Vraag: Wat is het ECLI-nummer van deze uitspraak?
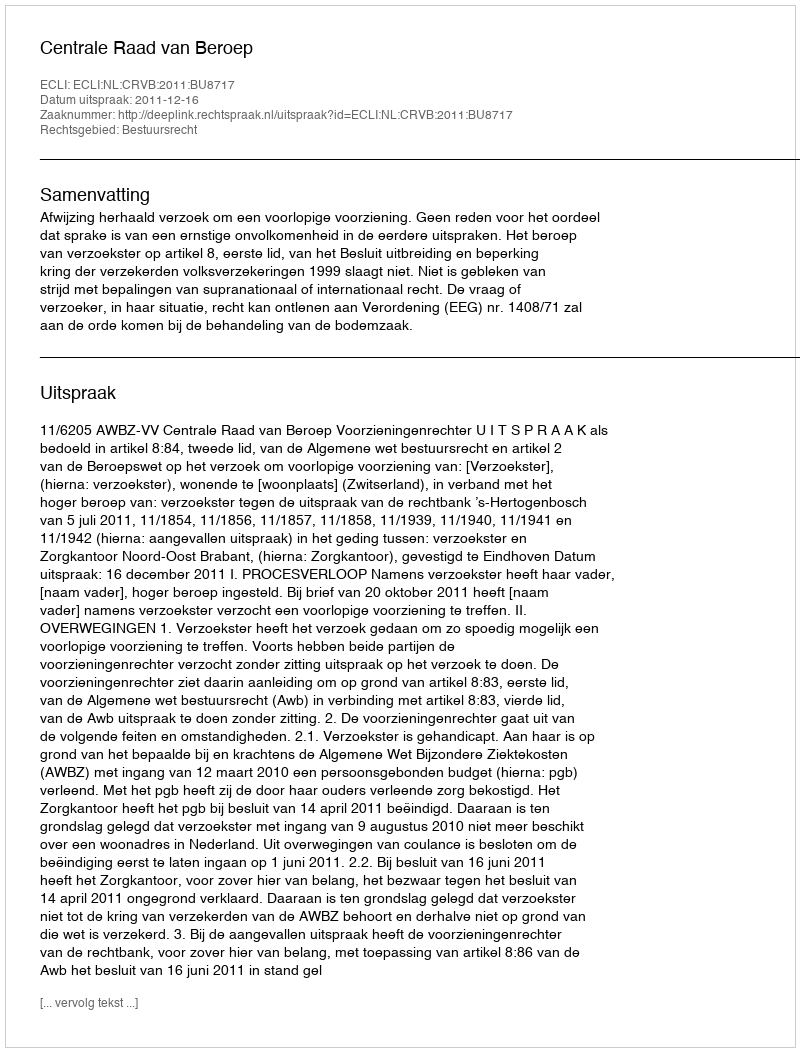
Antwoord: ECLI:NL:CRVB:2011:BU8717